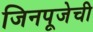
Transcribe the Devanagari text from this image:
जिनपूजेची